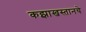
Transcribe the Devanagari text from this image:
कझाखस्तानचे